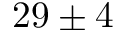
2 9 \pm 4